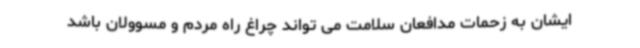
ایشان به زحمات مدافعان سلامت می تواند چراغ راه مردم و مسوولان باشد